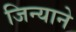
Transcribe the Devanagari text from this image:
जिन्याने